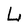
Character: L